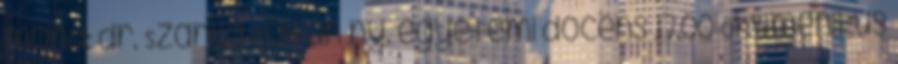
mond: dr. Szarka Zoltán ny. egyetemi docens 17.00 Ökumenikus